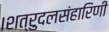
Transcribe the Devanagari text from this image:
।शत्रुदलसंहारिणी